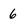
Character: 6